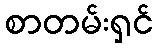
စာတမ်းရှင်